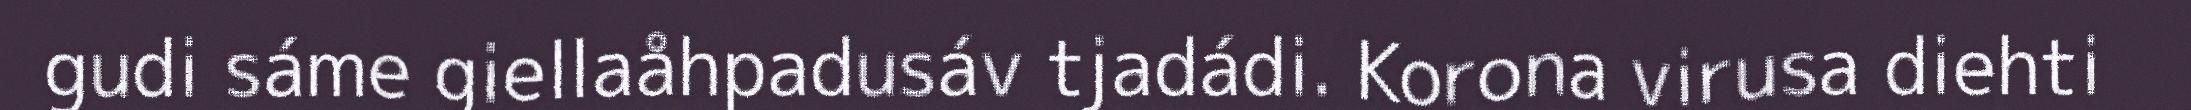
gudi sáme giellaåhpadusáv tjadádi. Korona virusa diehti